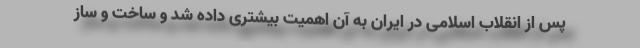
پس از انقلاب اسلامی در ایران به آن اهمیت بیشتری داده شد و ساخت و ساز